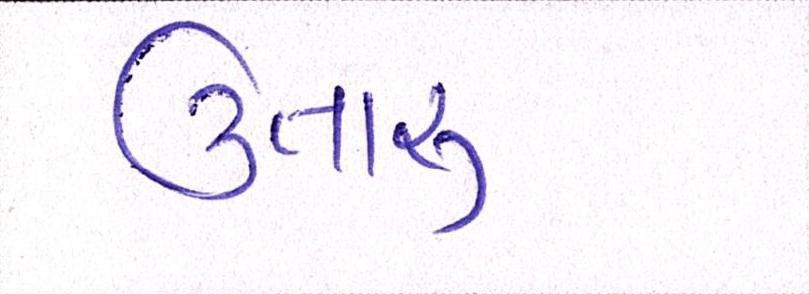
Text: ઉતારુ